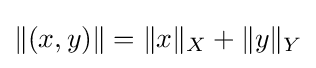
\|(x,y)\|=\|x\|_{X}+\|y\|_{Y}